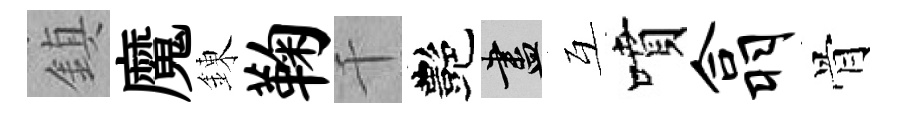
鎮魔錬鞠千艷盡互噴翕骨